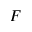
F